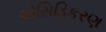
એસિડિકરણ